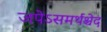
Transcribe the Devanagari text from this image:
जपेऽसमर्थश्चेद